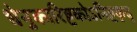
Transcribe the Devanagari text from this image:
धेनुकारिष्टकोऽनिष्टकृद्